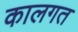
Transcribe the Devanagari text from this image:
कालगत